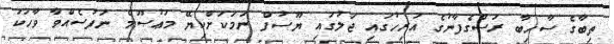
ތިބާގެ ސާހިބާ ރަސްގެފާނުގެ އަރިހުގައި ޖަލުގައި ޔޫސުފް ނަމަކަށްކިޔޭ މަޢުޞޫމް ނަފުސެއްވާ ވާހަކަ